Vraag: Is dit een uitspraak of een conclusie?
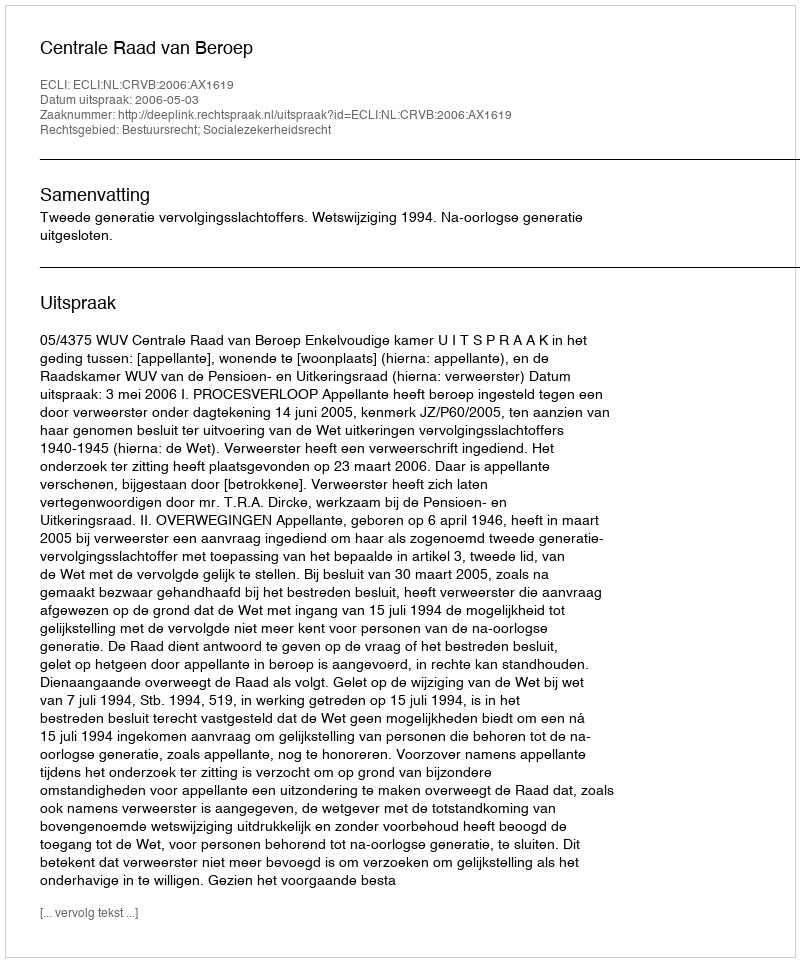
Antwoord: Uitspraak